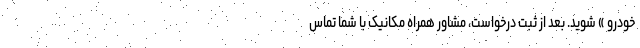
خودرو » شوید. بعد از ثبت درخواست، مشاور همراه مکانیک با شما تماس